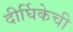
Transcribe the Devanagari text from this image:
दीर्घिकेची